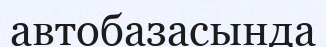
автобазасында